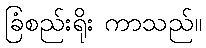
ခြံစည်းရိုး ကာသည်။